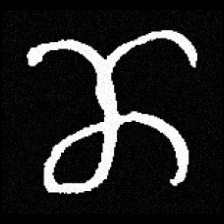
Pyu character \u2014 Myanmar letter: ဏ (romanized: nna)